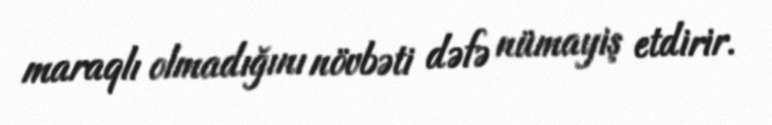
maraqlı olmadığını növbəti dəfə nümayiş etdirir.